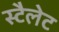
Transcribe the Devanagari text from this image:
स्टैलेट